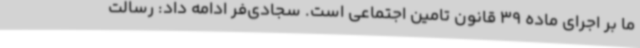
ما بر اجرای ماده 39 قانون تامین اجتماعی است. سجادی‌فر ادامه داد: رسالت